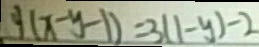
y ( x - y - 1 ) = 3 ( 1 - y ) - 2